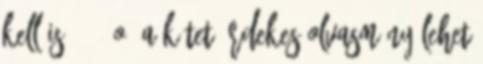
kell is.” 8. o. A kötet érdekes olvasmány lehet